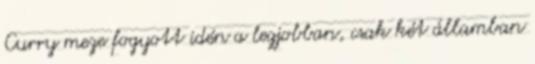
Curry meze fogyott idén a legjobban, csak két államban